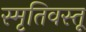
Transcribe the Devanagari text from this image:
स्मृतिवस्तू